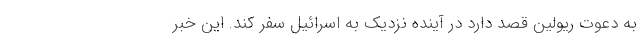
به دعوت ریولین قصد دارد در آینده نزدیک به اسرائیل سفر کند. این خبر